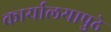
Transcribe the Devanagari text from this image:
कार्यालयापुढे